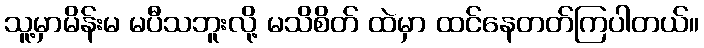
သူ့မှာမိန်းမ မပီသဘူးလို့ မသိစိတ် ထဲမှာ ထင်နေတတ်ကြပါတယ်။